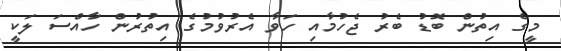
މީގެ އިތުން ބޮޑު ބެރު ޖެހުމާއި ހަވާ އެރުވުމުގެ އިތުރުން ހާއްސަ ލަކީ